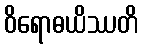
ဝိရောဓယိဿတိ